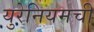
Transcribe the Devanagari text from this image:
युरेनियमची